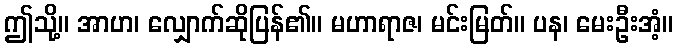
ဤသို့။ အာဟ၊ လျှောက်ဆိုပြန်၏။ မဟာရာဇ၊ မင်းမြတ်။ ပန၊ မေးဦးအံ့။